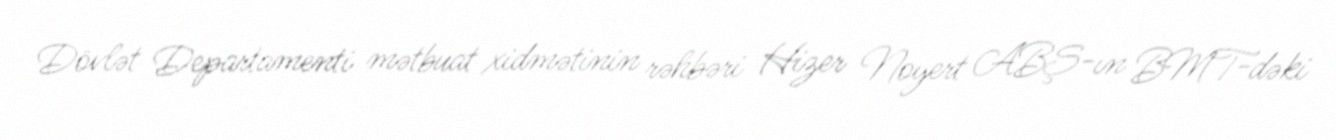
Dövlət Departamenti mətbuat xidmətinin rəhbəri Hizer Noyert ABŞ-ın BMT-dəki